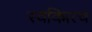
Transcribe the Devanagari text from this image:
स्वक्मित्व